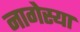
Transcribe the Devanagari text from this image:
नागेस्या